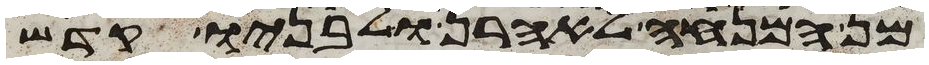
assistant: מן המנחה לאהרן ולבניו קדש